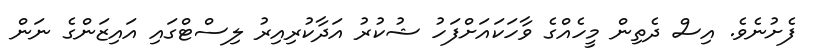
ފެށުނެވެ. އިސް ދެތިން މީހެއްގެ ވާހަކައަށްފަހު ޝުކުރު އަދާކުރިއިރު ލިސްޓްގައި އައިޒަންގެ ނަން